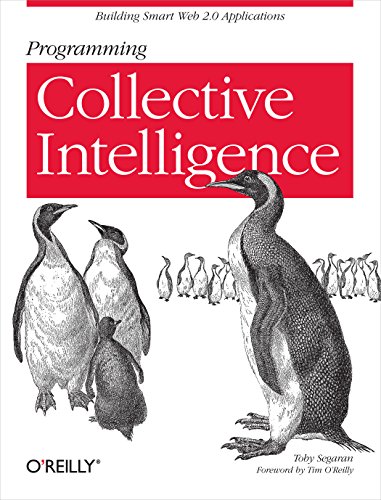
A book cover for Programming Collective Intelligence: Building Smart Web 2.0 Applications; Toby Segaran; Computers & Technology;